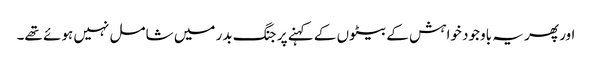
اور پھر یہ باوجود خواہش کے بیٹوں کے کہنے پر جنگ بدر میں شامل نہیں ہوئے تھے۔